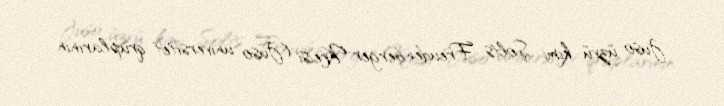
Juso üzvü kimi Şolts Freudenberger Kreisi (Juso universitet qruplarının